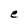
Character: e